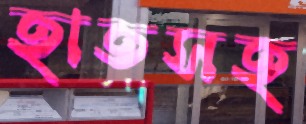
হাতসহ